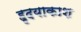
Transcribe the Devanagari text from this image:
हृदयाकाश